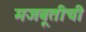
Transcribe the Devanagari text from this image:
मजबूतीची